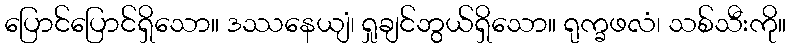
ပြောင်ပြောင်ရှိသော။ ဒဿနေယျံ၊ ရှုချင်ဘွယ်ရှိသော။ ရုက္ခဖလံ၊ သစ်သီးကို။